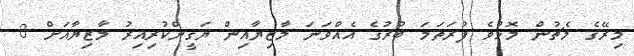
މިރޭގެ މެޗުން މޮޅުވެ ފުރަތަމަ ބުރުގެ އެއްވަނަ މާޒިޔާއިން ޔަގީންކުރިއިރު މާޒިޔާއަށް 8